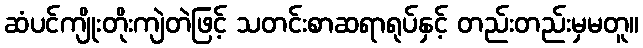
ဆံပင်ကျိုးတိုးကျဲတဲဖြင့် သတင်းစာဆရာရုပ်နှင့် တည်းတည်းမှမတူ။